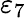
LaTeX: \varepsilon_{7}